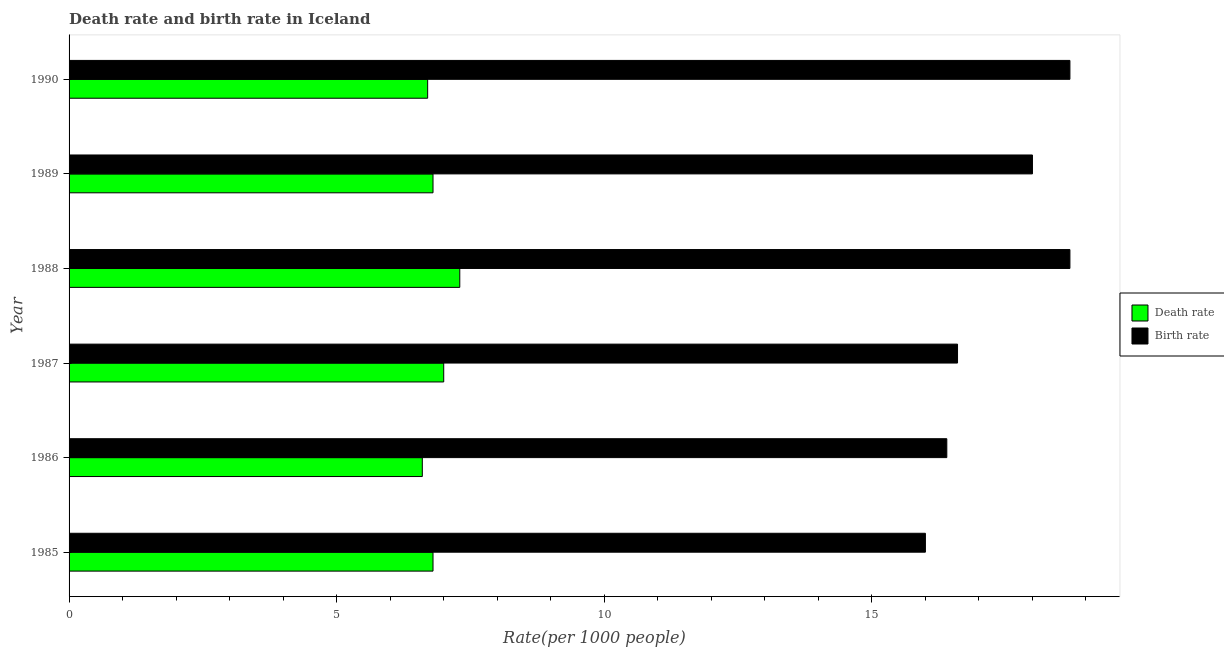
| Year | Death rate | Birth rate |
 | --- | --- | --- |
 | 1985 | 6.8 | 16 |
 | 1986 | 6.6 | 16.4 |
 | 1987 | 7 | 16.6 |
 | 1988 | 7.3 | 18.7 |
 | 1989 | 6.8 | 18 |
 | 1990 | 6.7 | 18.7 |